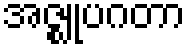
အဇ္ဈုပဂတာ